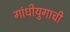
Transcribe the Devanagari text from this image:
गांधीयुगाची